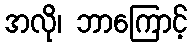
အလို၊ ဘာကြောင့်